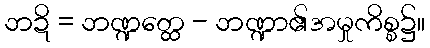
ဘဍိ = ဘဏ္ဍတ္ထေ - ဘဏ္ဍာ၏အမှုကိစ္စ၌။